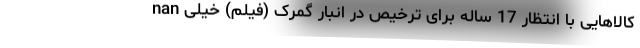
nan کالاهایی با انتظار 17 ساله برای ترخیص در انبار گمرک (فیلم) خیلی